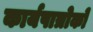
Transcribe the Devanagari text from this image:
कार्यपात्रोको